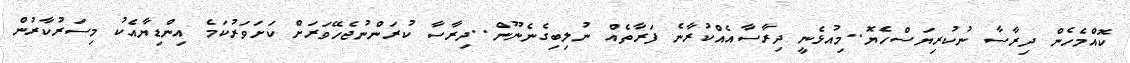
ކޮއްމެހެން ދިރާސާ ނުކުރިޔަސްހެޔޮ..މިއުޅެނީ ދިރާސާއެއްކުރާނެ ފަރާތެއް ނުލިބިގެނެނޫން..ދިރާސާ ކުރަންނުޖެހޭވަރަށް ކަށަވަރުކަމެ އިންޑިޔާއެކު މިސަރުކާރުން